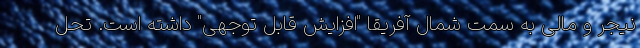
نیجر و مالی به سمت شمال آفریقا "افزایش قابل توجهی" داشته است. تحل